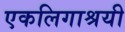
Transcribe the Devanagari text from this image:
एकलिगाश्रयी